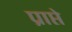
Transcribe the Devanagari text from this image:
प्राप्ते